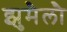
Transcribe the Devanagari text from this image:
झुमैलौ